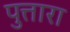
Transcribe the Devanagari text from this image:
पुत्तारा